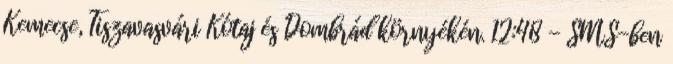
Kemecse, Tiszavasvári Kótaj és Dombrád környékén. 12:48 - SMS-ben